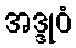
အဒ္ဒုဝံ